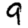
Digit: 9